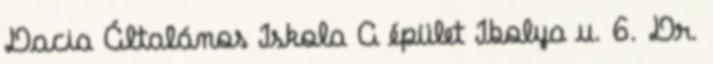
Dacia Általános Iskola A épület Ibolya u. 6. Dr.